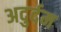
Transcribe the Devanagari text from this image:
अदुर्दम